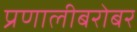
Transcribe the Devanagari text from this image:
प्रणालीबरोबर